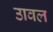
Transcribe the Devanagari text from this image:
उावल